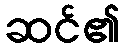
ဆင်၏